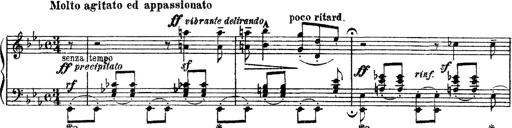
Title: Apparitions
Composer: Franz Liszt